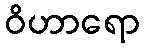
ဝိဟာရော